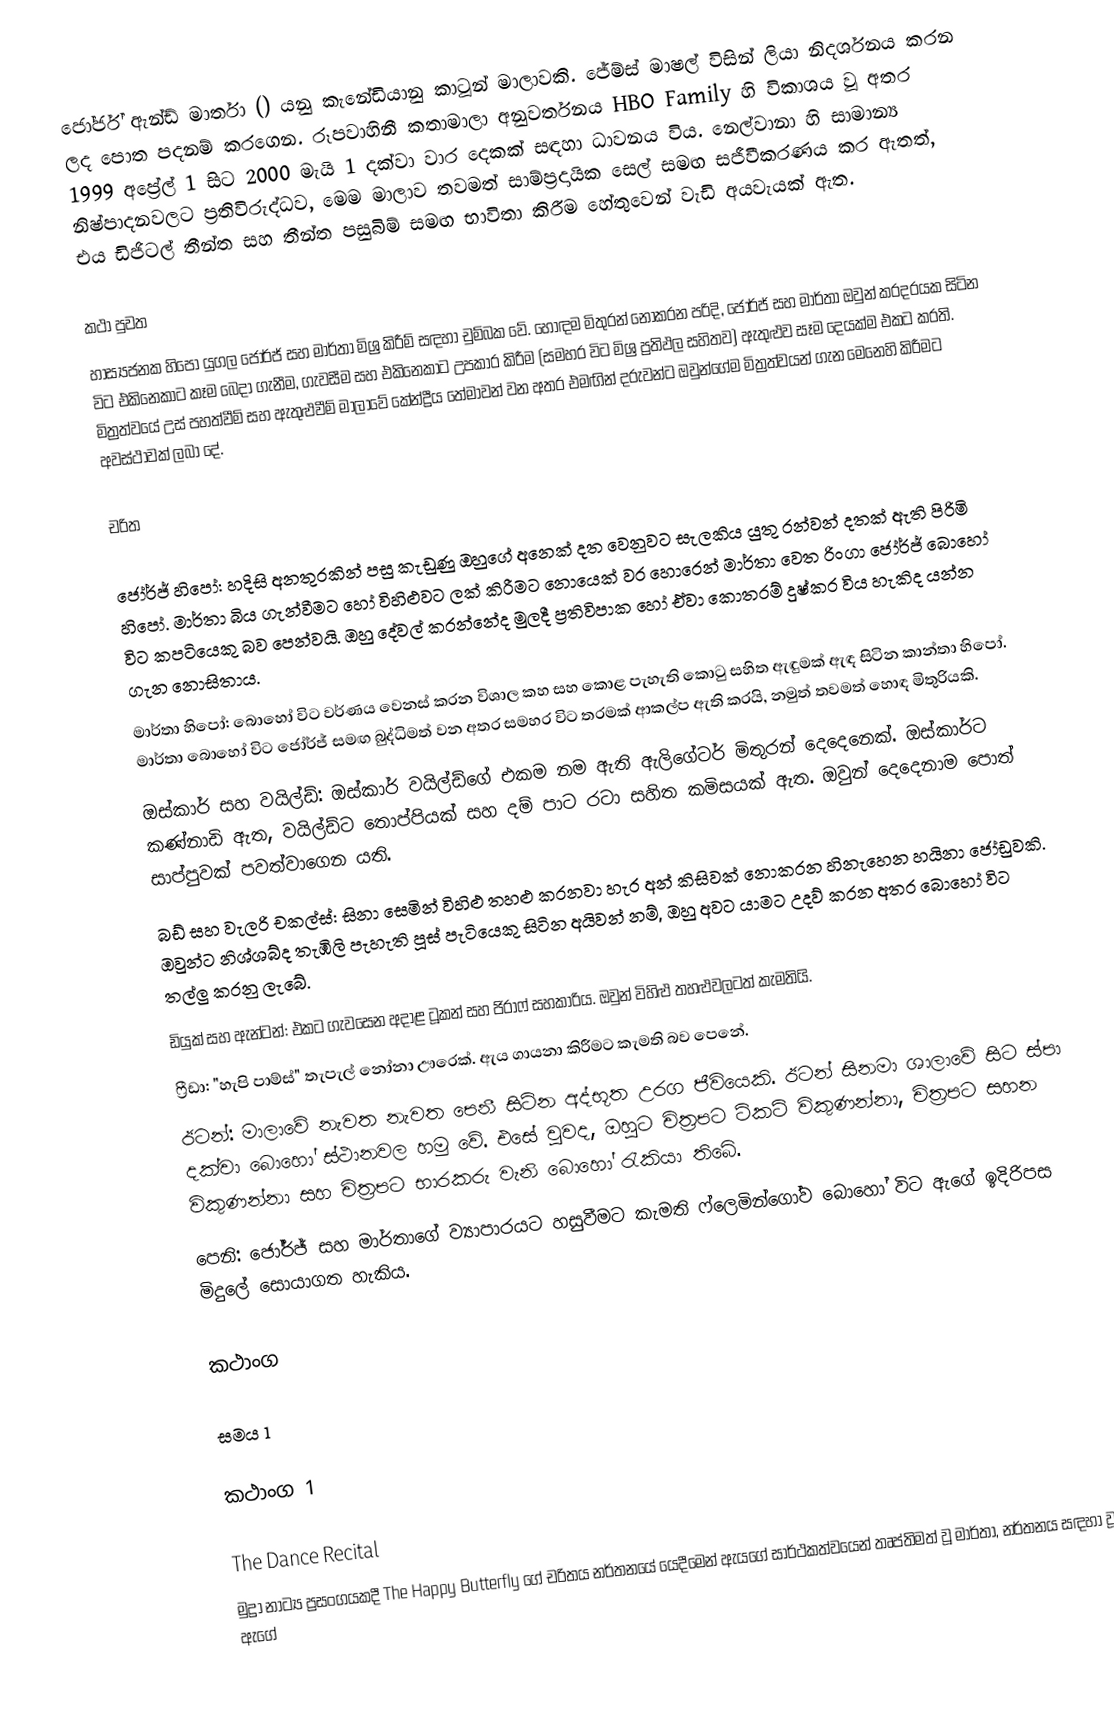
ජෝර්ජ් ඇන්ඩ් මාර්තා () යනු කැනේඩියානු කාටූන් මාලාවකි. ජේම්ස් මාෂල් විසින් ලියා නිදර්ශනය කරන ලද පොත පදනම් කරගෙන. රූපවාහිනී කතාමාලා අනුවර්තනය HBO Family හි විකාශය වූ අතර 1999 අප්‍රේල් 1 සිට 2000 මැයි 1 දක්වා වාර දෙකක් සඳහා ධාවනය විය. නෙල්වානා හි සාමාන්‍ය නිෂ්පාදනවලට ප්‍රතිවිරුද්ධව, මෙම මාලාව තවමත් සාම්ප්‍රදායික සෙල් සමඟ සජීවීකරණය කර ඇතත්, එය ඩිජිටල් තීන්ත සහ තීන්ත පසුබිම් සමඟ භාවිතා කිරීම හේතුවෙන් වැඩි අයවැයක් ඇත.

කථා පුවත
හාස්‍යජනක හිපෝ යුගල ජෝර්ජ් සහ මාර්තා මිශ්‍ර කිරීම් සඳහා චුම්බක වේ. හොඳම මිතුරන් නොකරන පරිදි, ජෝර්ජ් සහ මාර්තා ඔවුන් කරදරයක සිටින විට එකිනෙකාට කෑම බෙදා ගැනීම, ගැවසීම සහ එකිනෙකාට උපකාර කිරීම (සමහර විට මිශ්‍ර ප්‍රතිඵල සහිතව) ඇතුළුව සෑම දෙයක්ම එකට කරති. මිත්‍රත්වයේ උස් පහත්වීම් සහ ඇතුළුවීම් මාලාවේ කේන්ද්‍රීය තේමාවන් වන අතර එමඟින් දරුවන්ට ඔවුන්ගේම මිත්‍රත්වයන් ගැන මෙනෙහි කිරීමට අවස්ථාවක් ලබා දේ.

චරිත

 ජෝර්ජ් හිපෝ: හදිසි අනතුරකින් පසු කැඩුණු ඔහුගේ අනෙක් දත වෙනුවට සැලකිය යුතු රන්වන් දතක් ඇති පිරිමි හිපෝ. මාර්තා බිය ගැන්වීමට හෝ විහිළුවට ලක් කිරීමට නොයෙක් වර හොරෙන් මාර්තා වෙත රිංගා ජෝර්ජ් බොහෝ විට කපටියෙකු බව පෙන්වයි. ඔහු දේවල් කරන්නේද මුලදී ප්‍රතිවිපාක හෝ ඒවා කොතරම් දුෂ්කර විය හැකිද යන්න ගැන නොසිතාය.
 මාර්තා හිපෝ: බොහෝ විට වර්ණය වෙනස් කරන විශාල කහ සහ කොළ පැහැති කොටු සහිත ඇඳුමක් ඇඳ සිටින කාන්තා හිපෝ. මාර්තා බොහෝ විට ජෝර්ජ් සමඟ බුද්ධිමත් වන අතර සමහර විට තරමක් ආකල්ප ඇති කරයි, නමුත් තවමත් හොඳ මිතුරියකි.
 ඔස්කාර් සහ වයිල්ඩ්: ඔස්කාර් වයිල්ඩ්ගේ එකම නම ඇති ඇලිගේටර් මිතුරන් දෙදෙනෙක්. ඔස්කාර්ට කණ්නාඩි ඇත, වයිල්ඩ්ට තොප්පියක් සහ දම් පාට රටා සහිත කමිසයක් ඇත. ඔවුන් දෙදෙනාම පොත් සාප්පුවක් පවත්වාගෙන යති.
 බඩ් සහ වැලරි චකල්ස්: සිනා සෙමින් විහිළු තහළු කරනවා හැර අන් කිසිවක් නොකරන හිනැහෙන හයිනා ජෝඩුවකි. ඔවුන්ට නිශ්ශබ්ද තැඹිලි පැහැති පූස් පැටියෙකු සිටින අයිවන් නම්, ඔහු අවට යාමට උදව් කරන අතර බොහෝ විට තල්ලු කරනු ලැබේ.
 ඩියුක් සහ ඇන්ටන්: එකට ගැවසෙන අදාළ ටූකන් සහ ජිරාෆ් සහකාරිය. ඔවුන් විහිළු තහළුවලටත් කැමතියි.
 ෆ්‍රීඩා: "හැපි පාම්ස්" තැපැල් නෝනා ඌරෙක්. ඇය ගායනා කිරීමට කැමති බව පෙනේ.
 ඊටන්: මාලාවේ නැවත නැවත පෙනී සිටින අද්භූත උරග ජීවියෙකි. ඊටන් සිනමා ශාලාවේ සිට ස්පා දක්වා බොහෝ ස්ථානවල හමු වේ. එසේ වුවද, ඔහුට චිත්‍රපට ටිකට් විකුණන්නා, චිත්‍රපට සහන විකුණන්නා සහ චිත්‍රපට භාරකරු වැනි බොහෝ රැකියා තිබේ.
 පෙනි: ජෝර්ජ් සහ මාර්තාගේ ව්‍යාපාරයට හසුවීමට කැමති ෆ්ලෙමින්ගෝව බොහෝ විට ඇගේ ඉදිරිපස මිදුලේ සොයාගත හැකිය.

කථාංග

සමය 1

කථාංග 1

The Dance Recital
මුද්‍රා නාට්‍ය ප්‍රසංගයකදී The Happy Butterfly ගේ චරිතය නර්තනයේ යෙදීමෙන් ඇයගේ සාර්ථකත්වයෙන් තෘප්තිමත් වූ මාර්තා, නර්තනය සඳහා වූ ඇගේ